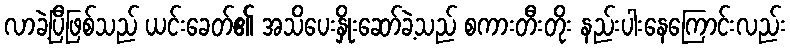
လာခဲ့ပြီဖြစ်သည် ယင်းခေတ်၏ အသိပေးနှိုးဆော်ခဲ့သည် စကားတီးတိုး နည်းပါးနေကြောင်းလည်း